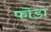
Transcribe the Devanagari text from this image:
फॊडा